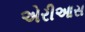
એરીઆસ